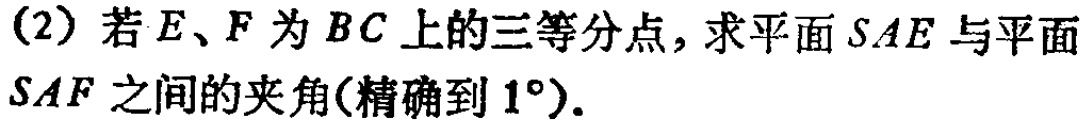
(2) 若\(E、F\)为\(BC\)上的三等分点，求平面\(SAE\)与平面\(SAF\)之间的夹角(精确到\(1^{\circ}\))．